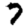
Digit: 7